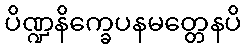
ပိဏ္ဍနိက္ခေပနမတ္တေနပိ